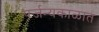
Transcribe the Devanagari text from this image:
पर्जन्यकाळात